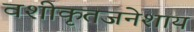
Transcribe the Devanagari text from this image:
वशीकृतजनेशाय